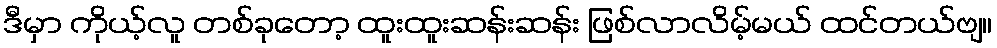
ဒီမှာ ကိုယ့်လူ တစ်ခုတော့ ထူးထူးဆန်းဆန်း ဖြစ်လာလိမ့်မယ် ထင်တယ်ဗျ။